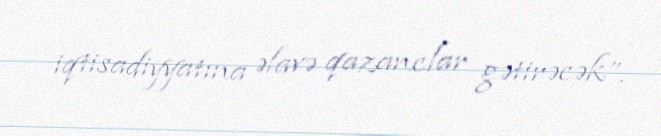
iqtisadiyyatına əlavə qazanclar gətirəcək”.